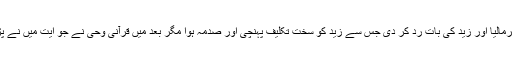
آپؐ نے اس وقت عبداللہ بن اُبی اوراس کے ساتھیوں کے بیان کو قبول فرمالیا اور زید کی بات ردّ کر دی جس سے زیدؓ کو سخت تکلیف پہنچی اور صدمہ ہوا مگر بعد میں قرآنی وحی نے جو آیت مَیں نے پڑھی ہے زیدؓ کی بات کی تصدیق فرمائی اور منافقین کوجھوٹا قرار دیا۔